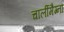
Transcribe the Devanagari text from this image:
चार्लीमैग्ना